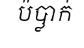
ប៉ប្លាក់